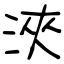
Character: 浹